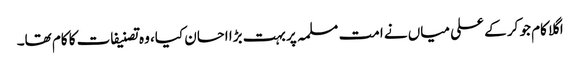
اگلا کام جو کر کے علی میاں نے امت مسلمہ پر بہت بڑا احسان کیا، وہ تصنیفات کا کام تھا۔